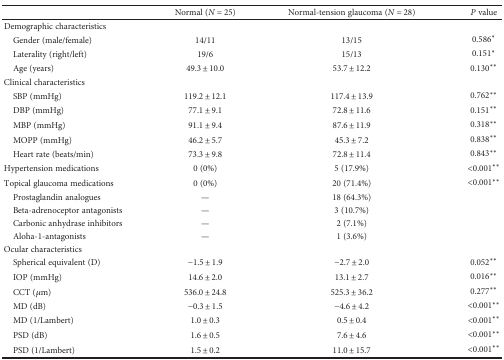
<table><thead><tr><td></td><td><b>Normal (<i>N</i> = 25)</b></td><td><b>Normal-tension glaucoma (<i>N</i> = 28)</b></td><td><b><i>P</i> value</b></td></tr></thead><tbody><tr><td colspan="4">Demographic characteristics</td></tr><tr><td> Gender (male/female)</td><td>14/11</td><td>13/15</td><td>0.586<sup>∗</sup></td></tr><tr><td> Laterality (right/left)</td><td>19/6</td><td>15/13</td><td>0.151<sup>∗</sup></td></tr><tr><td> Age (years)</td><td>49.3 ± 10.0</td><td>53.7 ± 12.2</td><td>0.130<sup>∗∗</sup></td></tr><tr><td colspan="4">Clinical characteristics</td></tr><tr><td> SBP (mmHg)</td><td>119.2 ± 12.1</td><td>117.4 ± 13.9</td><td>0.762<sup>∗∗</sup></td></tr><tr><td> DBP (mmHg)</td><td>77.1 ± 9.1</td><td>72.8 ± 11.6</td><td>0.151<sup>∗∗</sup></td></tr><tr><td> MBP (mmHg)</td><td>91.1 ± 9.4</td><td>87.6 ± 11.9</td><td>0.318<sup>∗∗</sup></td></tr><tr><td> MOPP (mmHg)</td><td>46.2 ± 5.7</td><td>45.3 ± 7.2</td><td>0.838<sup>∗∗</sup></td></tr><tr><td> Heart rate (beats/min)</td><td>73.3 ± 9.8</td><td>72.8 ± 11.4</td><td>0.843<sup>∗∗</sup></td></tr><tr><td>Hypertension medications</td><td>0 (0%)</td><td>5 (17.9%)</td><td>&lt;0.001<sup>∗∗</sup></td></tr><tr><td>Topical glaucoma medications</td><td>0 (0%)</td><td>20 (71.4%)</td><td>&lt;0.001<sup>∗∗</sup></td></tr><tr><td> Prostaglandin analogues</td><td>—</td><td>18 (64.3%)</td><td></td></tr><tr><td> Beta-adrenoceptor antagonists</td><td>—</td><td>3 (10.7%)</td><td></td></tr><tr><td> Carbonic anhydrase inhibitors</td><td>—</td><td>2 (7.1%)</td><td></td></tr><tr><td> Aloha-1-antagonists</td><td>—</td><td>1 (3.6%)</td><td></td></tr><tr><td colspan="4">Ocular characteristics</td></tr><tr><td> Spherical equivalent (D)</td><td>−1.5 ± 1.9</td><td>−2.7 ± 2.0</td><td>0.052<sup>∗∗</sup></td></tr><tr><td> IOP (mmHg)</td><td>14.6 ± 2.0</td><td>13.1 ± 2.7</td><td>0.016<sup>∗∗</sup></td></tr><tr><td> CCT (<i>μ</i>m)</td><td>536.0 ± 24.8</td><td>525.3 ± 36.2</td><td>0.277<sup>∗∗</sup></td></tr><tr><td> MD (dB)</td><td>−0.3 ± 1.5</td><td>−4.6 ± 4.2</td><td>&lt;0.001<sup>∗∗</sup></td></tr><tr><td> MD (1/Lambert)</td><td>1.0 ± 0.3</td><td>0.5 ± 0.4</td><td>&lt;0.001<sup>∗∗</sup></td></tr><tr><td> PSD (dB)</td><td>1.6 ± 0.5</td><td>7.6 ± 4.6</td><td>&lt;0.001<sup>∗∗</sup></td></tr><tr><td> PSD (1/Lambert)</td><td>1.5 ± 0.2</td><td>11.0 ± 15.7</td><td>&lt;0.001<sup>∗∗</sup></td></tr></tbody></table>